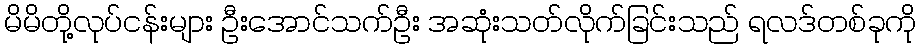
မိမိတို့လုပ်ငန်းများ ဦးအောင်သက်ဦး အဆုံးသတ်လိုက်ခြင်းသည် ရလဒ်တစ်ခုကို